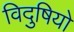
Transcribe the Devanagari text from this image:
विदुषियो